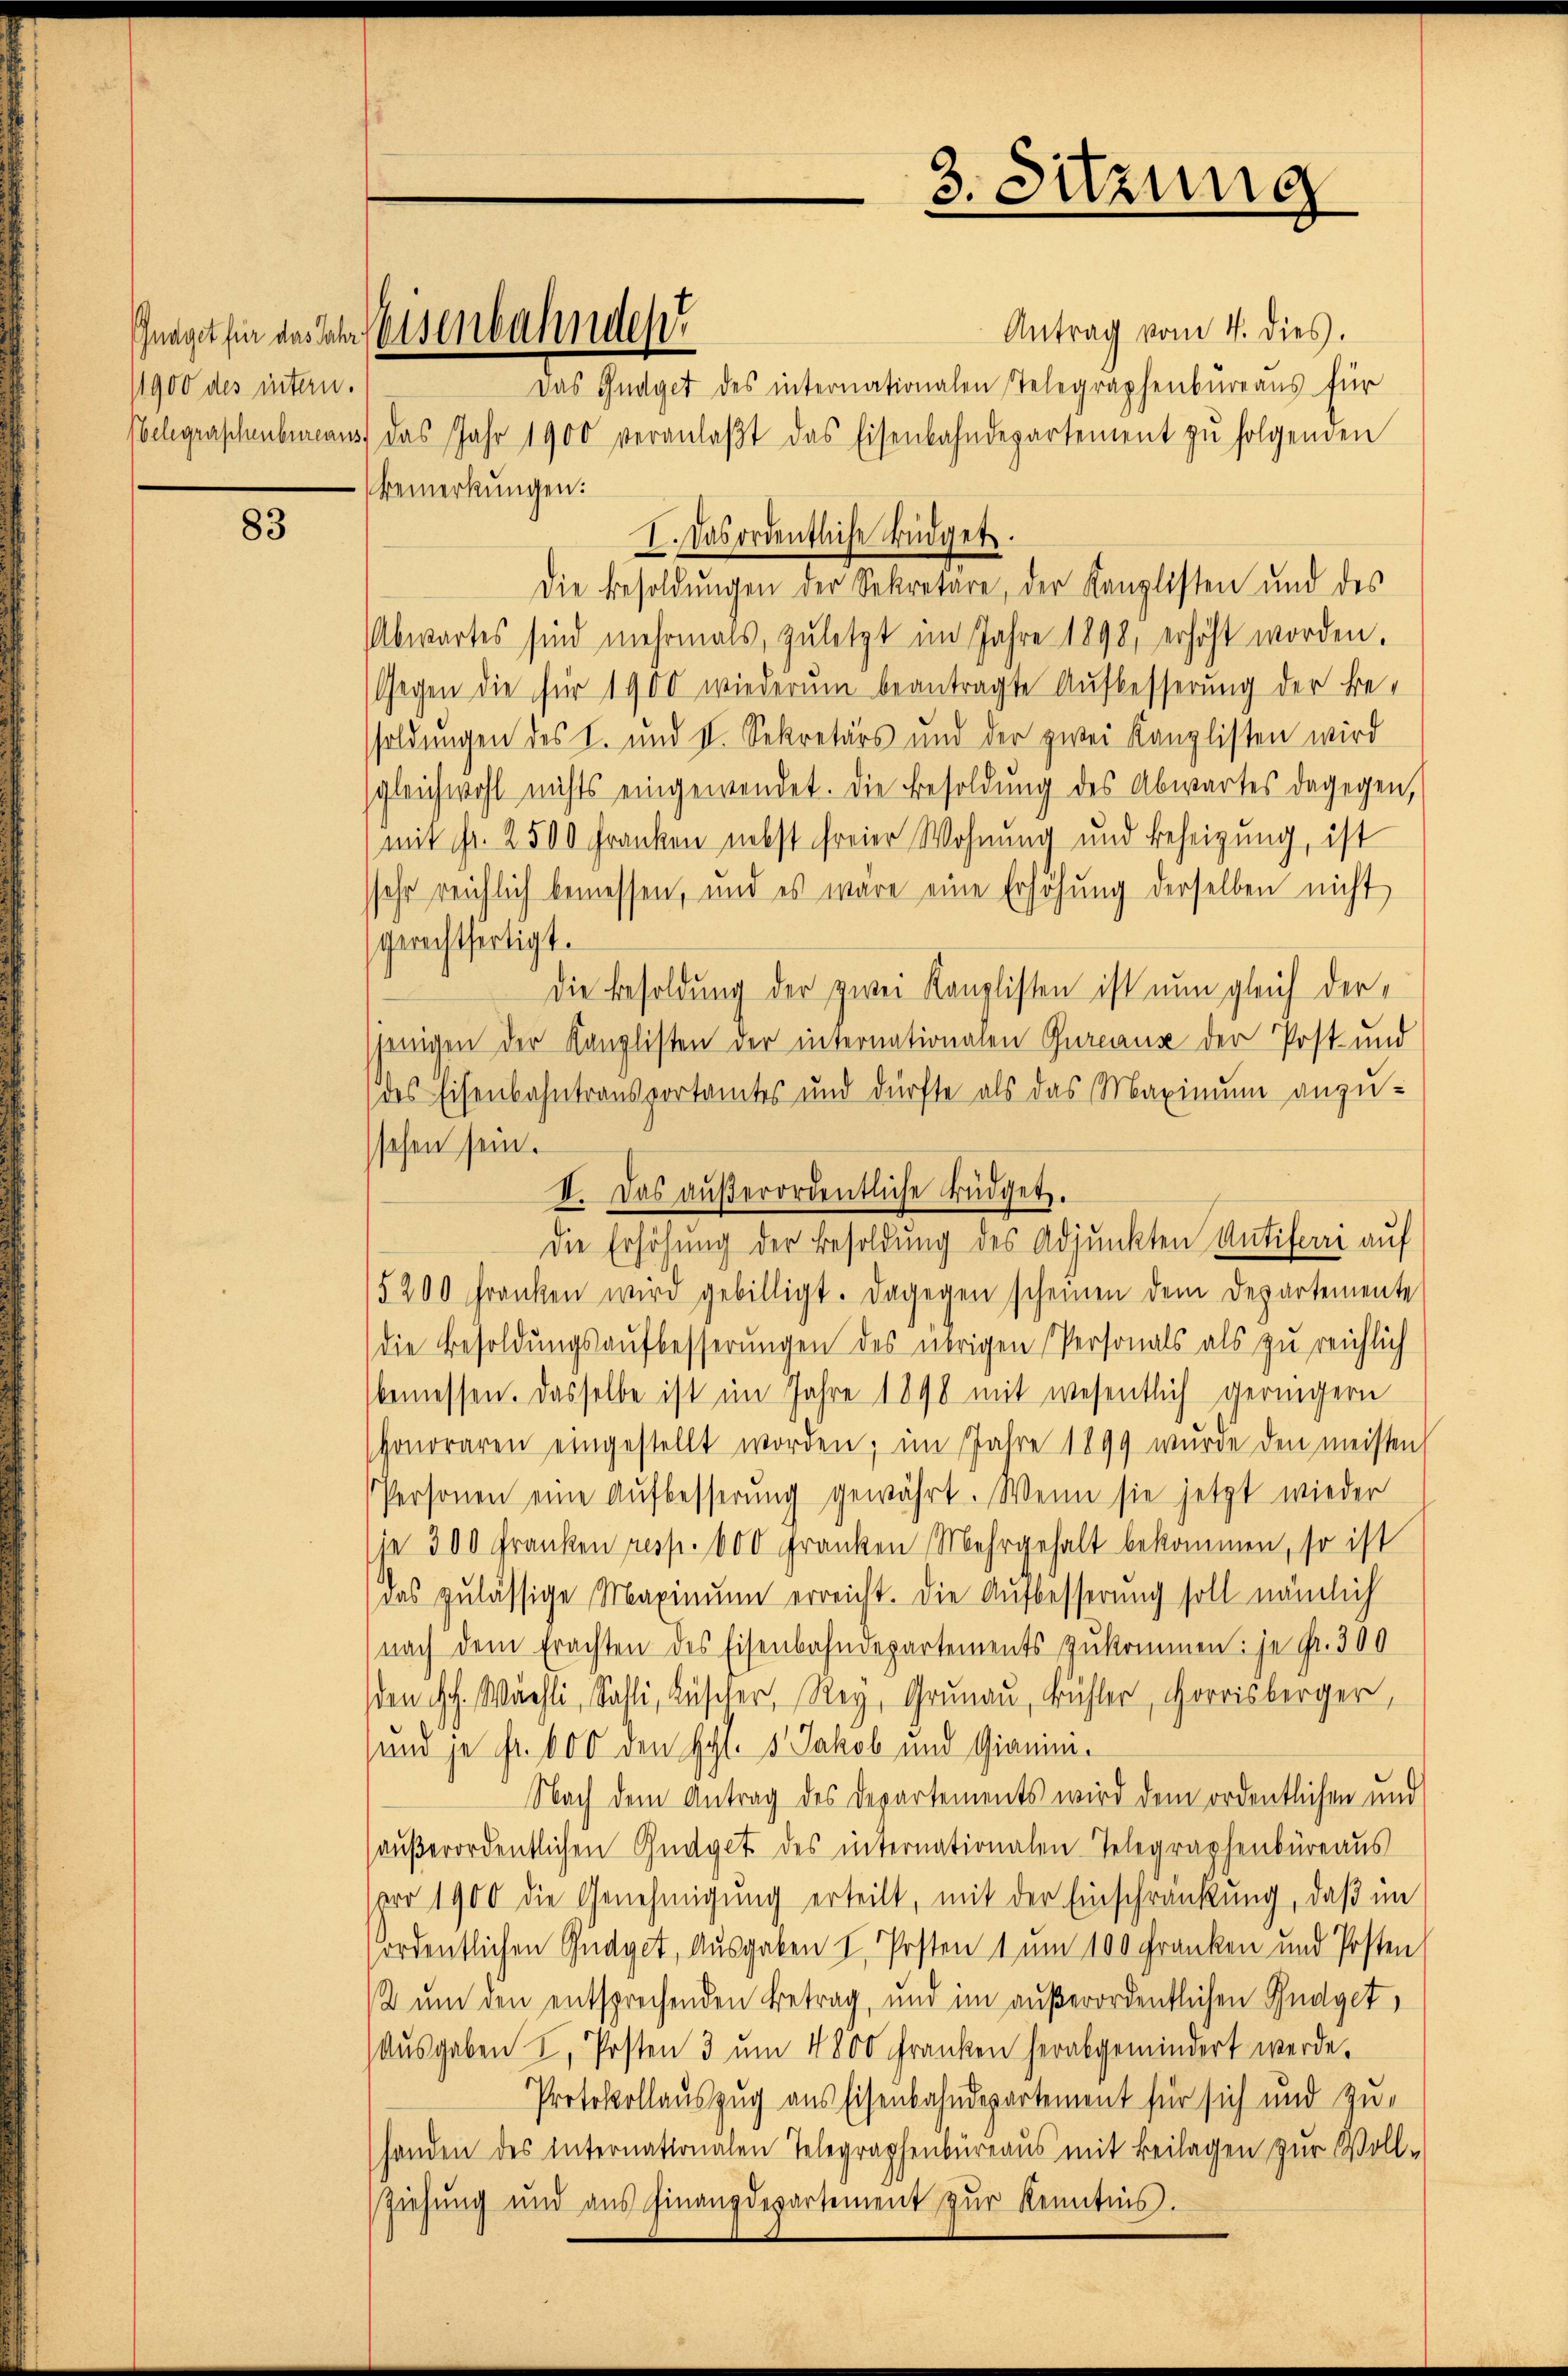
/1900 des intern.
Bemerkungen:

83

Antrag vom 4. dies.
Das Gudget des internationalen Telegraphenbüreaŭs für
belegraphenbureaus, das Jahr 1900 veranlaβt das Eisenbahndepartement zŭ folgenden
I. Das ordentliche Büdget.
Die Besoldŭngen der Sekretäre, der Kanzlisten und des
Abwartes sind mehrmals, zuletzt im Jahre 1898, erhöht worden.
Gegen die für 1900 wiederum beantragte Aufbesserung der Besoldungen des I. und V. Sekretärs und der zwei Kanzlisten wird
sgleichwohl nichts eingewendet. Die Besoldŭng des Abwartes dagegen,
mit Fr. 2500 Franken nebst freier Wohnung und Beheigung, ist
ssehr reichlich bemessen, und es wäre eine Erhöhung derselben nicht
gerechtfertigt.
Die Besoldung der zwei Kanzlisten ist nun gleich derjenigen der Kanzlisten der internationalen Gureaux der Post- und
des Eisenbahntransportamtes und dürfte als das Maximum anzu-
sehen sein.
II. Das aŭβerordentliche Büdgetz.
5200 Franken wird gebilligt. Dagegen scheinen dem Departemente
die Besoldungsaufbesserungen des übrigen Personals als zu reichlich
bemessen. Dasselbe ist im Jahre 1898 mit wesentlich geringern
honoraren eingestellt worden; im Jahre 1899 wŭrde den meisten
Personen eine Aŭfbesserung gewährt. Wenn sie jetzt wieder
(je 300 Franken resp. 600 Franken Mehrgehalt bekommen, so ist
das zulässige Maximum erreicht. Die Aufbesserung soll nämlich
nach dem Erachten des Eisenbahndepartements zukommen: je Fr. 300
den Hch. Wächli, Sahli, Rüscher, Rey, Grunau, Bühler, Horrisberger,
und je fr. 600 den Hol. 1. Jakob und Giamini¬
Nach dem Antrag des Departements wird dem ordentlichen und
haußerordentlichen Gudget des internationalen Telegraphenbüreaus
ero 1900 die Genehmigung erteilt, mit der Einschränkung, daß im
fordentlichen Gudget, Ausgaben I. Posten 1 um 100 Franken und Posten
2 um den entsprechenden Betrag, und im außerordentlichen Budget¬
Ausgaben I, Posten 3 ŭm 4800 Franken herabgemindert werde.
Protokollauszug aus Eisenbahndepartement für sich und zu-
handen des internationalen Telegraphenbüreaŭs mit Beilagen zur Voll-
Ziehŭng und aŭs Finanzdepartement zŭr Kenntnis.

Gnaget für das Jahr Eisenbahnden

3. Sitzung

Die Erhöhung der Besoldung des Adjunkten Antiferri auf